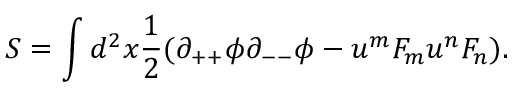
S = \int d ^ { 2 } x { \frac { 1 } { 2 } } ( \partial _ { + + } \phi \partial _ { -- } \phi - u ^ { m } { \cal F } _ { m } u ^ { n } { \cal F } _ { n } ) .